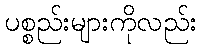
ပစ္စည်းများကိုလည်း